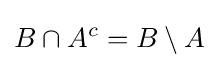
B\cap A^{c}=B\setminus A